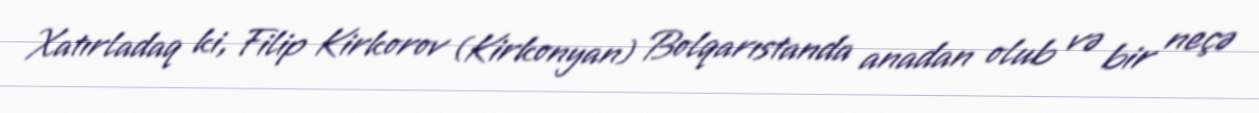
Xatırladaq ki, Filip Kirkorov (Kirkonyan) Bolqarıstanda anadan olub və bir neçə